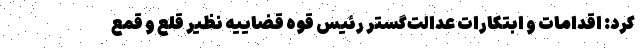
کرد: اقدامات و ابتکارات عدالت‌گستر رئیس قوه قضاییه نظیر قلع و قمع